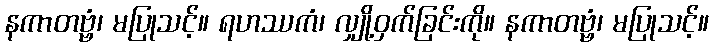
နကာတဗ္ဗံ၊ မပြုသင့်။ ရဟဿကံ၊ လျှို့ဝှက်ခြင်းကို။ နကာတဗ္ဗံ၊ မပြုသင့်။